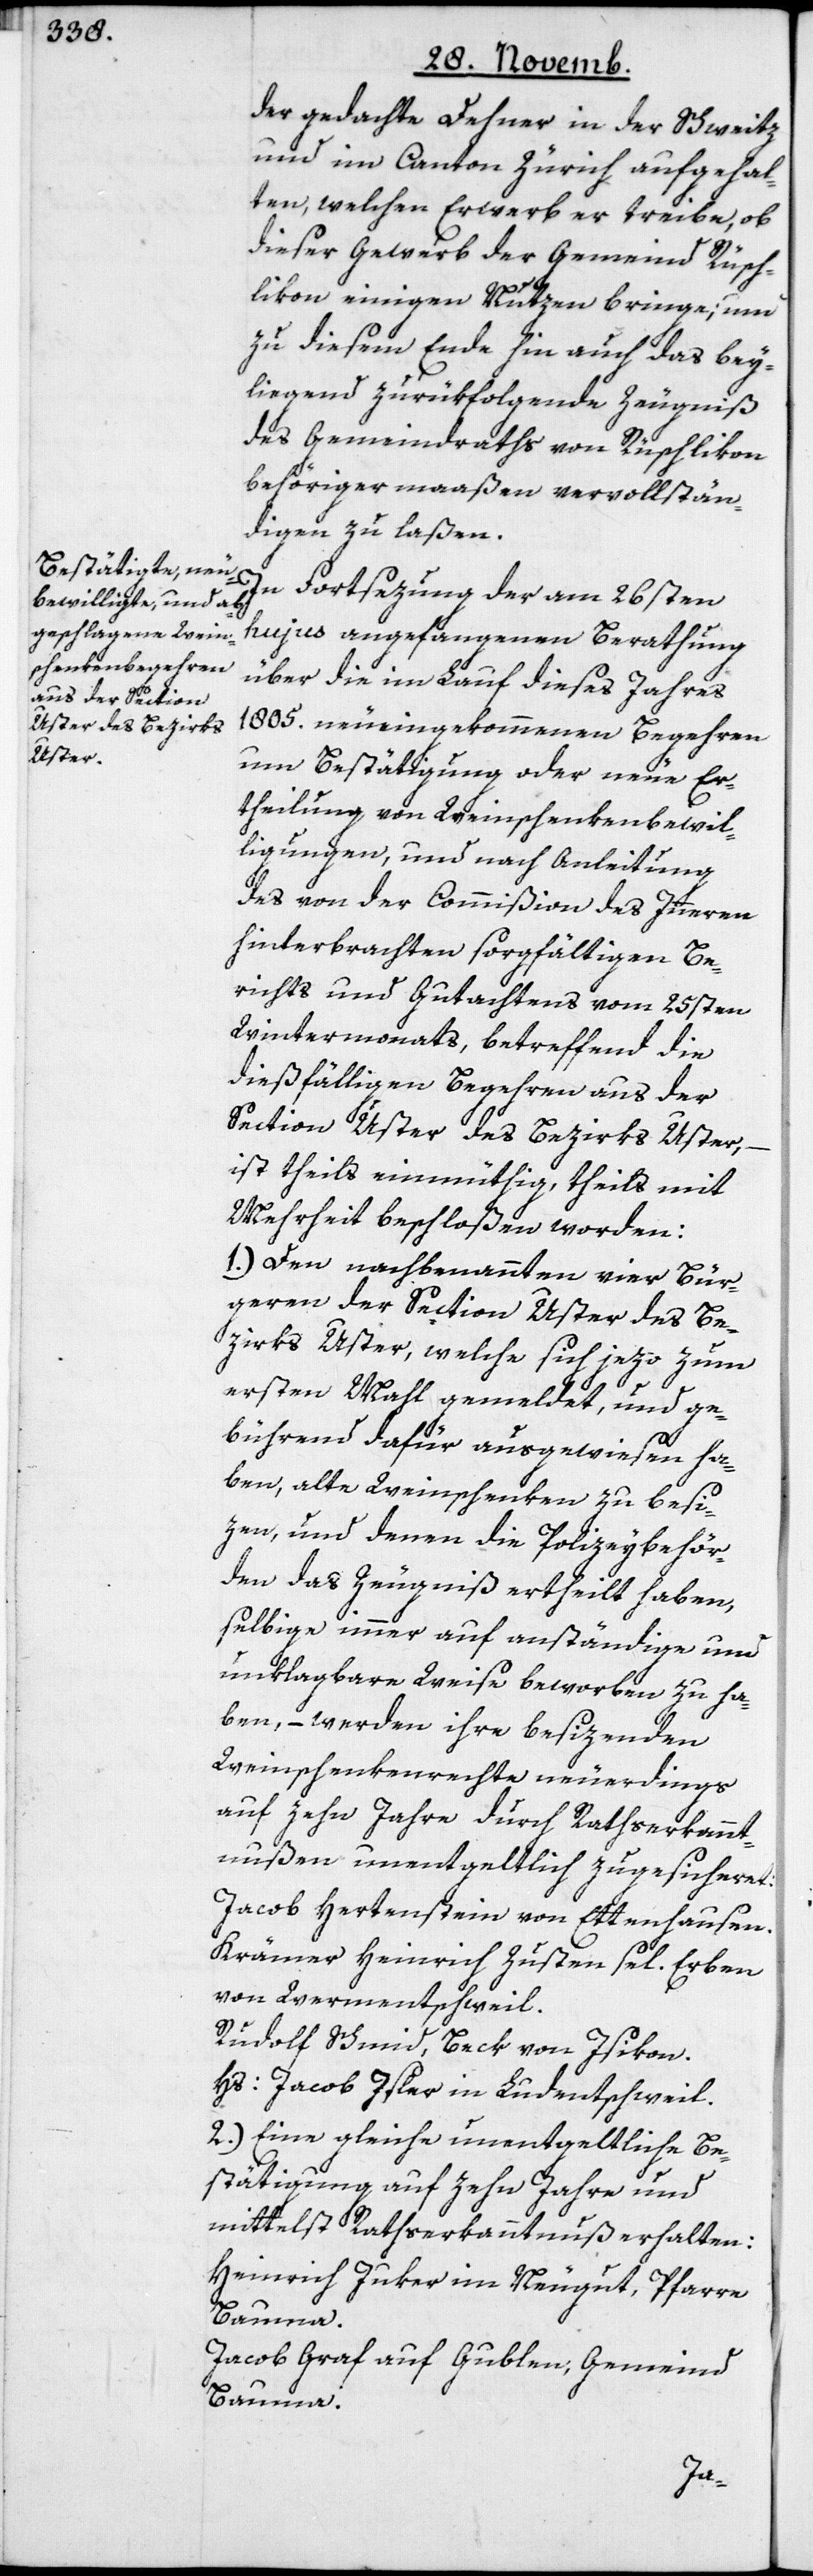
der gedachte Dehner in der Schweitz
und im Canton Zürich aufgehal¬
ten, welchen Erwerb er treibe, ob
dieser Gewerb der Gemeind Rüsch¬
likon einigen Nutzen bringe; und
zu diesem Ende hin auch das bey¬
liegend zurükfolgende Zeugniß
des Gemeindraths von Rüschlikon
behöriger maaßen vervollstän¬
digen zu laßen.
In Fortsetzung der am 26sten
hujus angefangenen Berathung
über die im Lauf dieses Jahres
1805. neu eingekommenen Begehren
um Bestätigung oder neue Er¬
theilung von Weinschenkenbewil¬
ligungen, und nach Anleitung
des von der Commißion des Innern
hinterbrachten sorgfältigen Be¬
richts und Gutachtens vom 25sten
Wintermonats, betreffend die
dießfälligen Begehren aus der
Section Uster des Bezirks Uster,
ist theils einmüthig, theils mit
Mehrheit beschloßen worden:
1.) Den nachbenannten vier Bür¬
geren der Section Uster des Be¬
zirks Uster, welche sich jezo zum
ersten Mahl gemeldet, und ge¬
bührend dafür ausgewiesen ha¬
ben, alte Weinschenken zu besi¬
zen, und denen die Polizeybehör¬
den das Zeugniß ertheilt haben,
selbige immer auf anständige und
unklagbare Weise beworben zu ha¬
ben, – werden ihre besizenden
Weinschenkenrechte neuerdings
auf zehn Jahre durch Rathserkannt¬
nußen unentgeltlich zugesicheret:
Jacob Hertenstein von Ettenhausen.
Krämer Heinrich Zusten sel. Erben
von Wermentschweil.
Rudolf Schmid, Beck von Isikon.
Hs. Jacob Isler in Ludentschweil.
2.) Eine gleiche unentgeltliche Be¬
stätigung auf zehn Jahre und
mittelst Rathserkanntnuß erhalten:
Heinrich Juker im Neugut, Pfarre
Bauma.
Jacob Graf auf Gublen, Gemeind
Bauma.